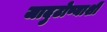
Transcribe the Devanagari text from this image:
जादुटोण्याशी